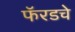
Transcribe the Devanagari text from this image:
फॅरडचे